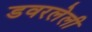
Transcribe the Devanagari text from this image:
डवरलेली